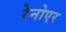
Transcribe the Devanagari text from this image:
रेनोएर